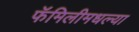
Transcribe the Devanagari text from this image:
फॅमिलीमधल्या